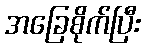
အခြေစိုက်ပြီး